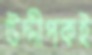
উদ্দীপকই